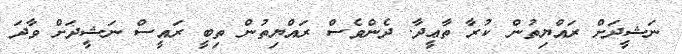
ނަޝީދަށް ރައްޔިތުން ކުރާ ތާޢީދާ. ދެންވެސް ރައްޔިތުން ތިބީ ރައީސް ނަޝީދަށް ވާދަ